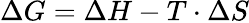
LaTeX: \Delta G=\Delta H-T\cdot\Delta S